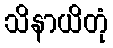
သိနာယိတုံ